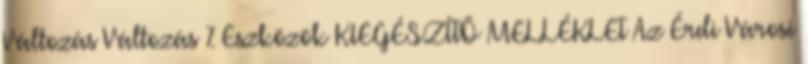
Változás Változás % Eszközök KIEGÉSZÍTŐ MELLÉKLET Az Érdi Városi